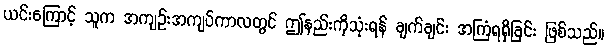
ယင်းကြောင့် သူက အကျဉ်းအကျပ်ကာလတွင် ဤနည်းကိုသုံးရန် ချက်ချင်း အကြံရရှိခြင်း ဖြစ်သည်။